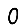
Digit: 0